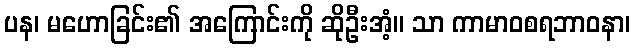
ပန၊ မဟောခြင်း၏ အကြောင်းကို ဆိုဦးအံ့။ သာ ကာမာဝစရဘာဝနာ၊